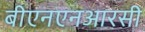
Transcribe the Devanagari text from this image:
बीएनएनआरसी